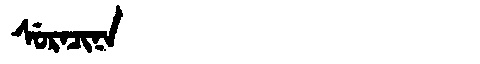
Manchu: ᠰᡠᡵᠠᠴᡳᠨᠠ
Romanization: SURACINA